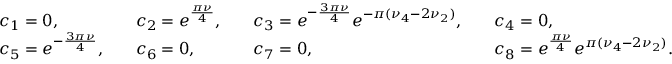
\begin{array} { r l r l r l r l } & { c _ { 1 } = 0 , } & & { c _ { 2 } = e ^ { \frac { \pi \nu } { 4 } } , } & & { c _ { 3 } = e ^ { - \frac { 3 \pi \nu } { 4 } } e ^ { - \pi ( \nu _ { 4 } - 2 \nu _ { 2 } ) } , } & & { c _ { 4 } = 0 , } \\ & { c _ { 5 } = e ^ { - \frac { 3 \pi \nu } { 4 } } , } & & { c _ { 6 } = 0 , } & & { c _ { 7 } = 0 , } & & { c _ { 8 } = e ^ { \frac { \pi \nu } { 4 } } e ^ { \pi ( \nu _ { 4 } - 2 \nu _ { 2 } ) } . } \end{array}